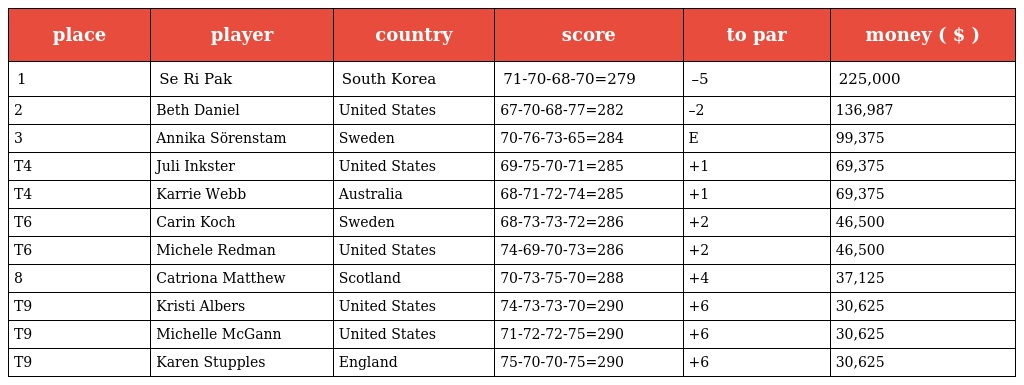
| place | player | country | score | to par | money ( $ ) |
 | --- | --- | --- | --- | --- | --- |
 | 1 | Se Ri Pak | South Korea | 71-70-68-70=279 | –5 | 225,000 |
 | 2 | Beth Daniel | United States | 67-70-68-77=282 | –2 | 136,987 |
 | 3 | Annika Sörenstam | Sweden | 70-76-73-65=284 | E | 99,375 |
 | T4 | Juli Inkster | United States | 69-75-70-71=285 | +1 | 69,375 |
 | T4 | Karrie Webb | Australia | 68-71-72-74=285 | +1 | 69,375 |
 | T6 | Carin Koch | Sweden | 68-73-73-72=286 | +2 | 46,500 |
 | T6 | Michele Redman | United States | 74-69-70-73=286 | +2 | 46,500 |
 | 8 | Catriona Matthew | Scotland | 70-73-75-70=288 | +4 | 37,125 |
 | T9 | Kristi Albers | United States | 74-73-73-70=290 | +6 | 30,625 |
 | T9 | Michelle McGann | United States | 71-72-72-75=290 | +6 | 30,625 |
 | T9 | Karen Stupples | England | 75-70-70-75=290 | +6 | 30,625 |